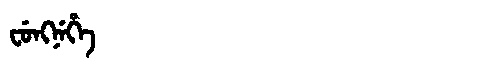
Manchu: ᠸᡠᠩᠨᡝᡥᡝ
Romanization: FUNGNEHE